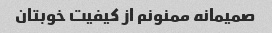
صمیمانه ممنونم از کیفیت خوبتان